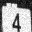
Digit: 4